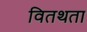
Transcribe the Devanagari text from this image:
वितथता